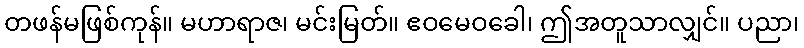
တဖန်မဖြစ်ကုန်။ မဟာရာဇ၊ မင်းမြတ်။ ဧဝမေဝခေါ၊ ဤအတူသာလျှင်။ ပညာ၊